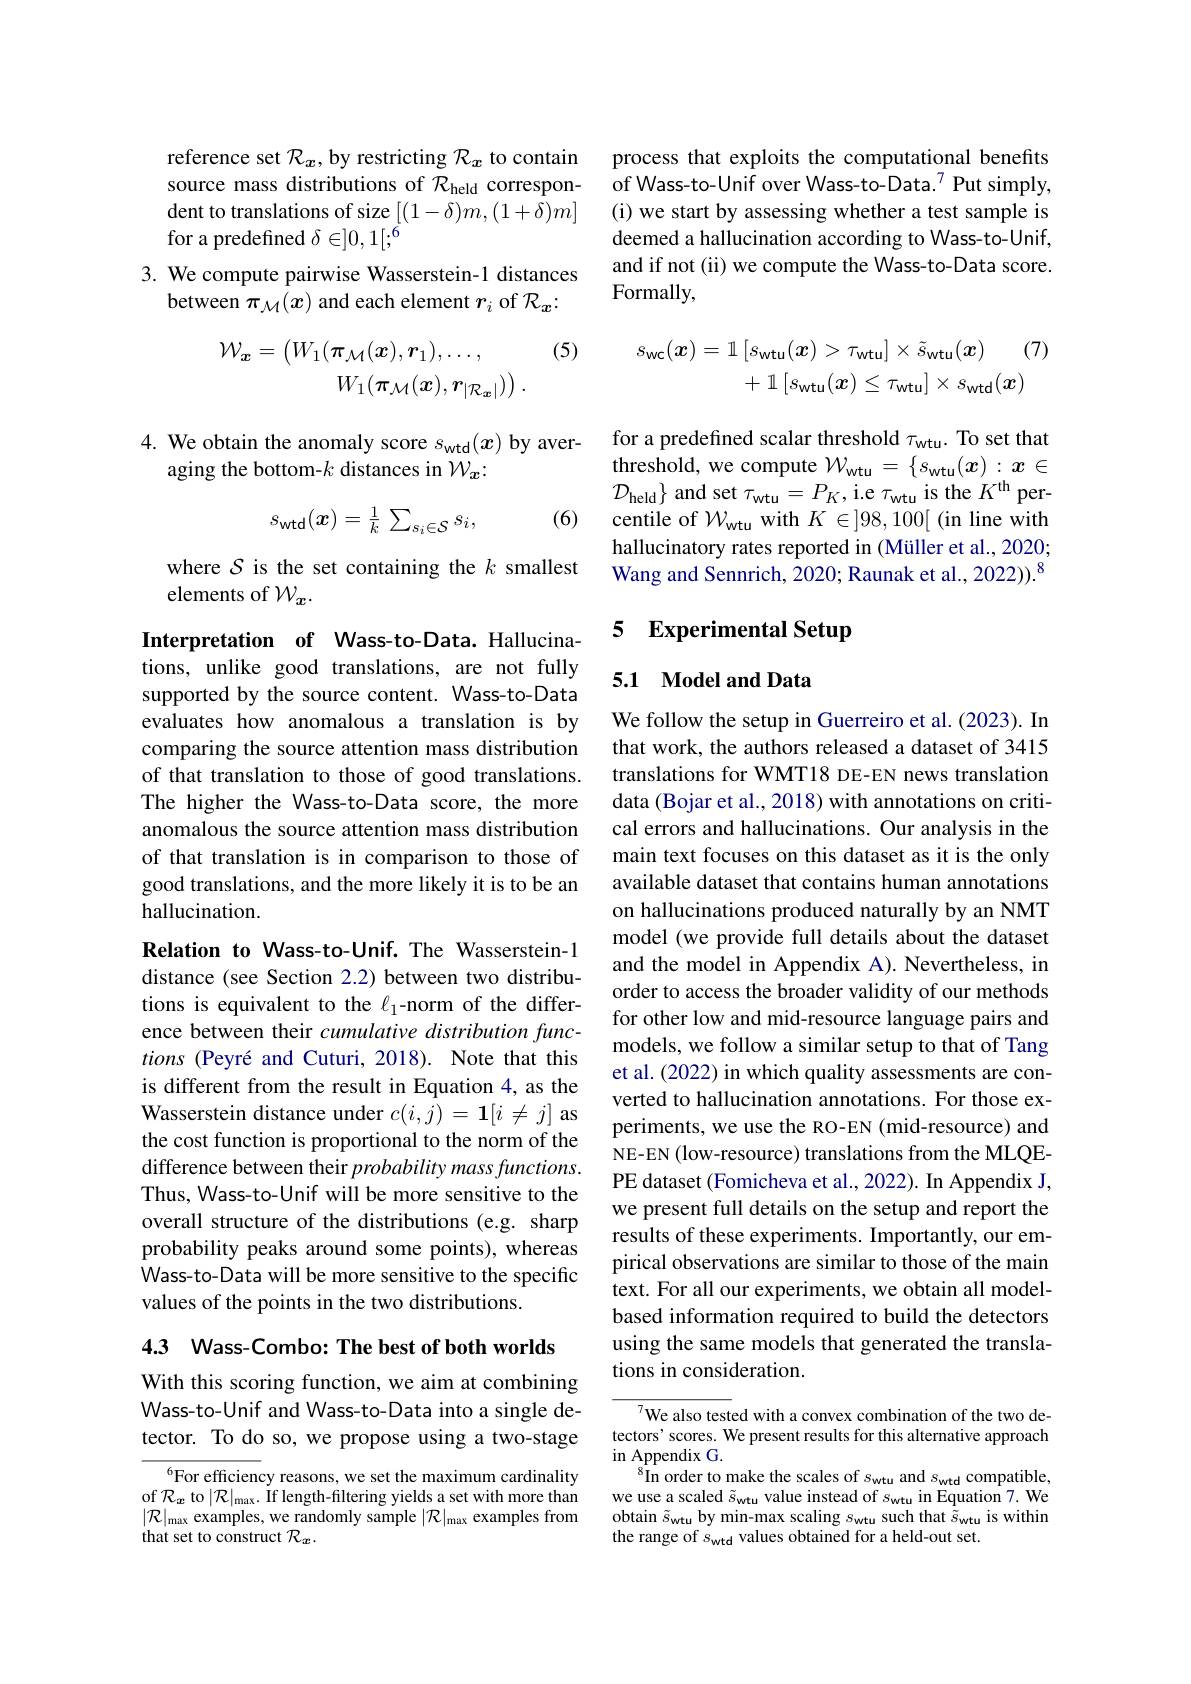
reference set $\mathcal{R}_x$,by restricting $\mathcal{R}_x$ to contain source mass distributions of $\mathcal{R}_\mathrm{held}$ correspondent to translations of size $[(1-\delta)m,(1+\delta)m]$ for a predefined $\delta\in]0,1[;^6$

3. We compute pairwise Wasserstein-1 distances
between $\pi_{\mathcal{M}}(x)$ and each element $r_i$ of $\mathcal{R}_x:$

4. We obtain the anomaly score $s_\mathrm{wtd}(x)$ by aver-
aging the bottom-$k$ distances in $\mathcal W_x:$
$$s_{\mathrm{wtd}}(\boldsymbol{x})=\frac{1}{k}\:\sum_{s_{i}\in\mathcal{S}}s_{i},$$
(6)

where $\mathcal{S}$ is the set containing the $k$ smallest
elements of $\mathcal{W}_x.$

Interpretation of Wass-to-Data. Hallucinations, unlike good translations, are not fully supported by the source content. Wass-to-Data evaluates how anomalous a translation is by comparing the source attention mass distribution of that translation to those of good translations. The higher the Wass-to-Data score, the more anomalous the source attention mass distribution of that translation is in comparison to those of good translations, and the more likely it is to be an hallucination.

Relation to Wass-to-Unif. The Wasserstein-1 distance (see Section 2.2) between two distributions is equivalent to the $\ell_1$-norm of the difference between their cumulative distribution functions (Peyré and Cuturi, 2018). Note that this is different from the result in Equation 4, as the Wasserstein distance under $c(i,j)=\mathbf{1}[i\neq j]$ as the cost function is proportional to the norm of the difference between their probability mass functions. Thus, Wass-to-Unif will be more sensitive to the overall structure of the distributions (e.g. sharp probability peaks around some points), whereas Wass-to-Data will be more sensitive to the specific values of the points in the two distributions.

4.3 Wass-Combo: The best of both worlds

With this scoring function, we aim at combining Wass-to-Unif and Wass-to-Data into a single detector. To do so, we propose using a two-stage

$^{6}$For efficiency reasons, we set the maximum cardinality of $\mathcal{R}_x$ to $| \mathcal{R} | _\mathrm{max}.$ if length-filtering yields a set with more than $| \mathcal{R} | _{\mathrm{max~examples, ~we~randomly~sample~}}| \mathcal{R} | _{\mathrm{max~examples~from}}$ that set to construct $\mathcal{R}_x.$

process that exploits the computational benefits of Wass-to-Unif over Wass-to-Data.$^{7}$ Put simply, (i) we start by assessing whether a test sample is deemed a hallucination according to Wass-to-Unif, and if not (ii) we compute the Wass-to-Data score. Formally,
$$\begin{aligned}\mathcal{W}_{\boldsymbol{x}}&=\left(W_{1}(\boldsymbol{\pi}_{\mathcal{M}}(\boldsymbol{x}),\boldsymbol{r}_{1}),\ldots,\quad(5)\quad s_{\mathrm{wc}}(\boldsymbol{x})=\mathbb{1}\left[s_{\mathrm{wtu}}(\boldsymbol{x})>\tau_{\mathrm{wtu}}\right]\times\tilde{s}_{\mathrm{wtu}}(\boldsymbol{x})\quad(7)\\_{1}(\boldsymbol{\pi}_{\mathcal{M}}(\boldsymbol{x}),\boldsymbol{r}_{|\mathcal{R}_{\boldsymbol{x}}|})\right).&+\mathbb{1}\left[s_{\mathrm{wtu}}(\boldsymbol{x})\leq\tau_{\mathrm{wtu}}\right]\times s_{\mathrm{wtd}}(\boldsymbol{x})\end{aligned}$$
for a predefined scalar threshold $\tau_\mathrm{wtu}.$ To set that $\hat{\text{threshold, we compute }}\mathcal{W}_{\mathrm{wtu}}=\{s_{\mathrm{wtu}}(x):x\in$ $\mathcal{D}_{\mathrm{held}}\}$ and set $\tau_\mathrm{wtu}=P_K$,i.e $\tau_\mathrm{wtu}$ is the $K^\mathrm{th}$ percentile of $\mathcal{W}_\mathrm{wtu}$ with $K\in]98,100[$ (in line with hallucinatory rates reported in (Müller et al., 2020; Wang and Sennrich, 2020; Raunak et al., 2022)).$^{8}$

## 5 Experimental Setup

# 5.1 Model and Data

We follow the setup in Guerreiro et al. (2023). In that work, the authors released a dataset of 3415 translations for WMT18 DE-EN news translation data (Bojar et al., 2018) with annotations on critical errors and hallucinations. Our analysis in the main text focuses on this dataset as it is the only available dataset that contains human annotations on hallucinations produced naturally by an NMT model (we provide full details about the dataset and the model in Appendix A). Nevertheless, in order to access the broader validity of our methods for other low and mid-resource language pairs and models, we follow a similar setup to that of Tang et al. (2022) in which quality assessments are converted to hallucination annotations. For those experiments, we use the RO-EN (mid-resource) and NE-EN (low-resource) translations from the MLQEPE dataset (Fomicheva et al., 2022). In Appendix J, we present full details on the setup and report the results of these experiments. Importantly, our empirical observations are similar to those of the main text. For all our experiments, we obtain all modelbased information required to build the detectors using the same models that generated the translations in consideration.

${\overline{{^7}\text{We also test}}}$ed with a convex combination of the two detectors' scores. We present results for this alternative approach in Appendix G.
$^{8}$In order to make the scales of $s_\mathrm{wtu}$ and $s_\mathrm{wtd}$ compatible, we use a scaled $\tilde{s}_\mathrm{wtu}$ value instead of $s_\mathrm{wtu}$ in Equation 7. We obtain $\tilde{s}_\mathrm{wtu}$ by min-max scaling $s_\mathrm{wtu}$ such that $\tilde{\tilde{s}}_\mathrm{wtu}$ is within the range of $s_\mathrm{wtd}$ values obtained for a held-out set.